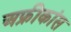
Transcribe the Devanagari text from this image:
अफ्रीकांस